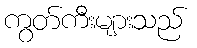
ကွတ်ကီးများသည်